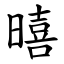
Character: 暿